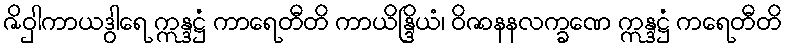
ဇိဝှါကာယဒွါရေ ဣန္ဒဋ္ဌံ ကာရေတီတိ ကာယိန္ဒြိယံ၊ ဝိဇာနနလက္ခဏေ ဣန္ဒဋ္ဌံ ကရေတီတိ